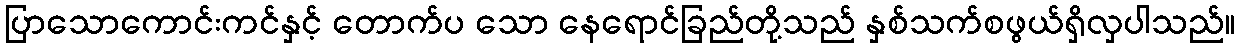
ပြာသောကောင်းကင်နှင့် တောက်ပ သော နေရောင်ခြည်တို့သည် နှစ်သက်စဖွယ်ရှိလှပါသည်။